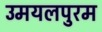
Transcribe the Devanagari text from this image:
उमयलपुरम